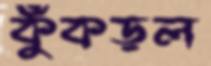
কুঁকড়ল